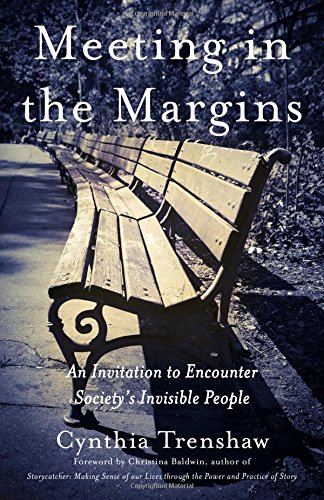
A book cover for Meeting in the Margins: An Invitation to Encounter Society's Invisible People; Cynthia Trenshaw; Business & Money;